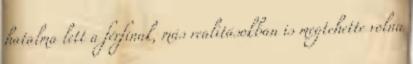
hatalma lett a férfinak, más realitásokban is megtehette volna